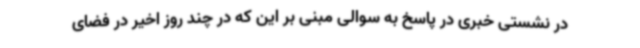
در نشستی خبری در پاسخ به سوالی مبنی بر این که در چند روز اخیر در فضای